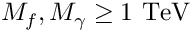
M _ { f } , M _ { \gamma } \geq 1 \ \mathrm { T e V }